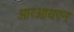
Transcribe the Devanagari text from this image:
आरआयएन